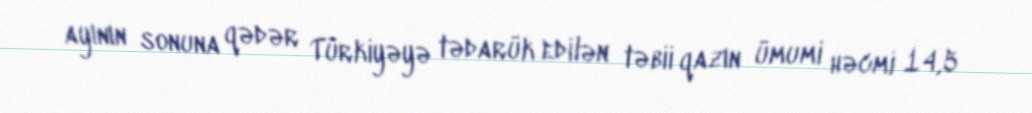
ayının sonuna qədər Türkiyəyə tədarük edilən təbii qazın ümumi həcmi 14,5